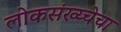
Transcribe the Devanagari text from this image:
लोकसंख्य्चेचा